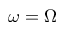
\omega = \Omega